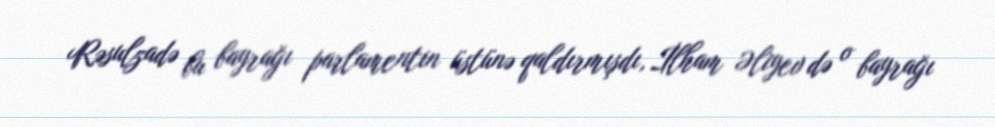
Rəsulzadə bu bayrağı parlamentin üstünə qaldırmışdı, İlham Əliyev də o bayrağı